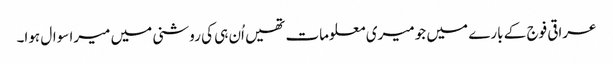
عراقی فوج کے بارے میں جو میری معلومات تھیں اُن ہی کی روشنی میں میرا سوال ہوا۔